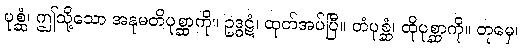
ပုစ္ဆံ၊ ဤသို့သော အနုမတိပုစ္ဆာကို။ ဥဒ္ဓဋံ၊ ထုတ်အပ်ပြီ။ တံပုစ္ဆံ၊ ထိုပုစ္ဆာကို။ တုမှေ၊